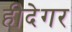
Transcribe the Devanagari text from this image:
हीदेगर